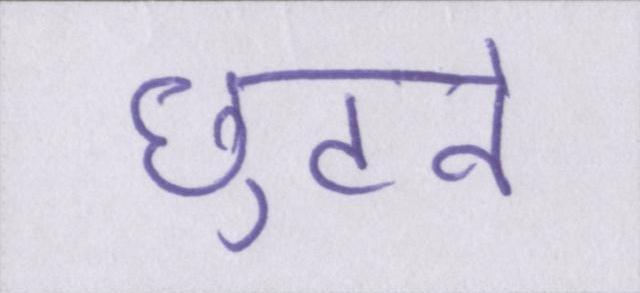
छुटने